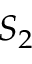
S _ { 2 }